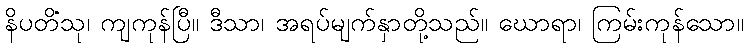
နိပတိံသု၊ ကျကုန်ပြီ။ ဒီသာ၊ အရပ်မျက်နှာတို့သည်။ ဃောရာ၊ ကြမ်းကုန်သော။